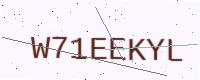
Text: W71EEKYL